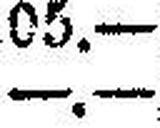
—.—